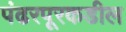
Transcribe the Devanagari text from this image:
पंढरपूरकडील